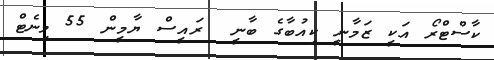
ކާސްޓްރޯ އަކީ ޒަމާނީ ކިއުބާގެ ބާނީ  ރައީސް ޔާމީން 55 މިނެޓް